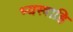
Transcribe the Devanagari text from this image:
भ्यस्त्राहि